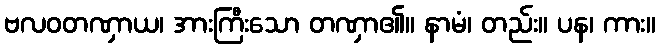
ဗလဝတဏှာယ၊ အားကြီးသော တဏှာ၏။ နာမံ၊ တည်း။ ပန၊ ကား။